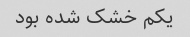
یکم خشک شده بود